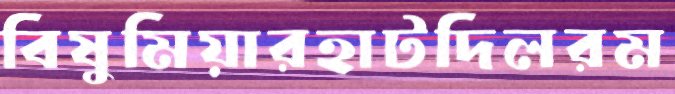
বিষুমিয়ারহাটদিলরম